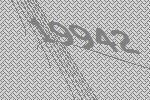
19942